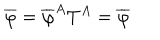
LaTeX: \overline { { { \varphi } } } = \overline { { { \varphi } } } ^ { A } T ^ { A } = \overline { { { \varphi } } }